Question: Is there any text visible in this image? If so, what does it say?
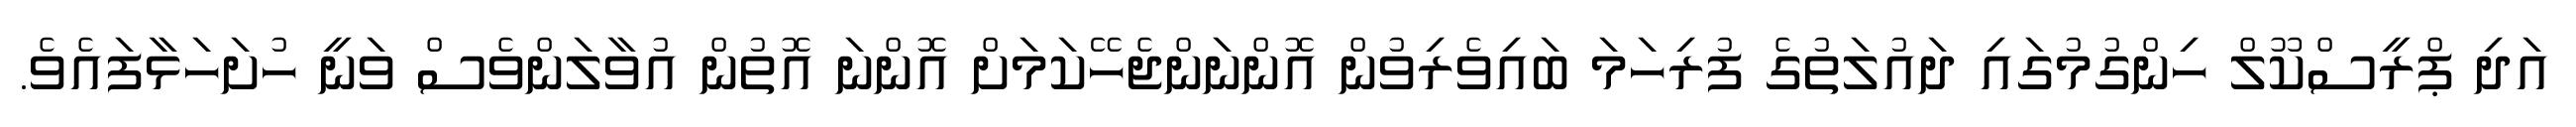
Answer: އަދި ޕްރީސްކޫލް ހިންގުމުގައި ދައުލަތުގެ ފުރިހަމަ ބައިވެރިވުން އޮންނަންޖެހޭކަމަށް އޮންނަ އޮތުން އުވާލަންވެސް ވަނީ ހުށަހަޅާފައެވެ.